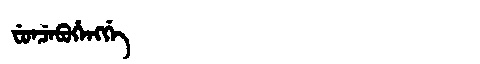
Manchu: ᠸᡠᠨᠴᡝᠪᡠᡥᡝᠩᡤᡝ
Romanization: FUNCEBUHENGGE